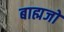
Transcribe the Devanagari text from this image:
बाह्मजों